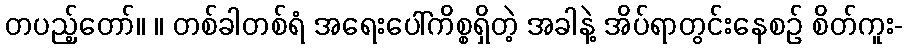
တပည့်တော်။ ။ တစ်ခါတစ်ရံ အရေးပေါ်ကိစ္စရှိတဲ့ အခါနဲ့ အိပ်ရာတွင်းနေစဉ် စိတ်ကူး-